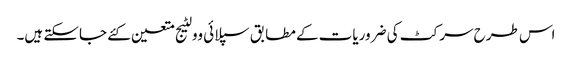
اس طرح سرکٹ کی ضروریات کے مطابق سپلائی وولٹیج متعین کئے جاسکتے ہیں۔